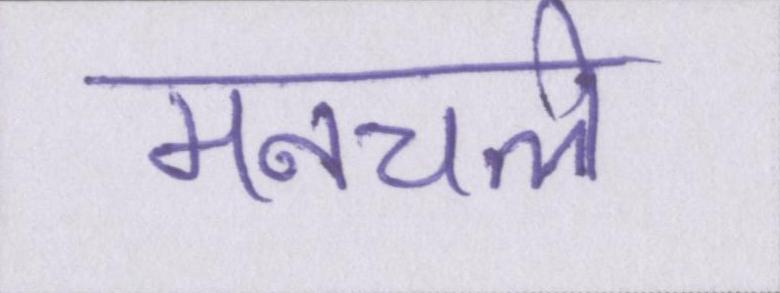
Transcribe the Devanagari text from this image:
मनचले